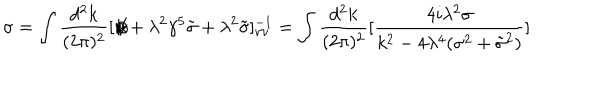
\sigma = \int { \frac { d ^ { 2 } k } { ( 2 \pi ) ^ { 2 } } } [ \not \! k + \lambda ^ { 2 } \gamma ^ { 5 } \tilde { \sigma } + \lambda ^ { 2 } \tilde { \sigma } ] _ { \nu \nu } ^ { - 1 } = \int { \frac { d ^ { 2 } k } { ( 2 \pi ) ^ { 2 } } } [ { \frac { 4 i \lambda ^ { 2 } \sigma } { k ^ { 2 } - 4 \lambda ^ { 4 } ( \sigma ^ { 2 } + \tilde { \sigma } ^ { 2 } ) } } ]